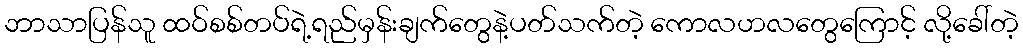
ဘာသာပြန်သူ ထဝ်စစ်တပ်ရဲ့ရည်မှန်းချက်တွေနဲ့ပတ်သက်တဲ့ ကောလဟလတွေကြောင့် လို့ခေါ်တဲ့